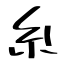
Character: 糸